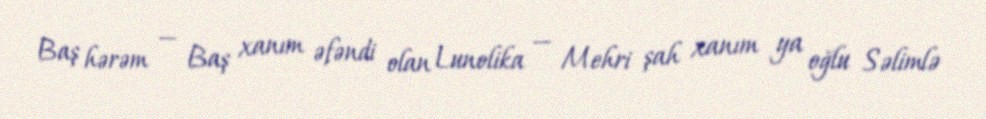
Baş hərəm — Baş xanım əfəndi olan Lunolika — Mehri şah xanım ya oğlu Səlimlə